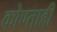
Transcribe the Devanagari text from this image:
कोण्ताही